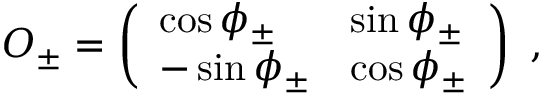
O _ { \pm } = \left( \begin{array} { l l } { { \cos \phi _ { \pm } } } & { { \sin \phi _ { \pm } } } \\ { { - \sin \phi _ { \pm } } } & { { \cos \phi _ { \pm } } } \end{array} \right) \ ,